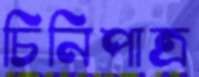
চিনিপাত্র